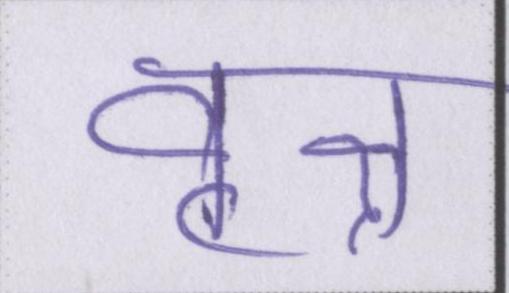
वृक्ष